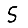
Digit: 5